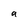
Character: a